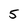
Character: 5